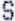
S